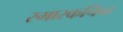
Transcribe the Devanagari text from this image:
स्मारकचिन्ह